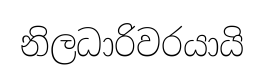
නිලධාරිවරයායි